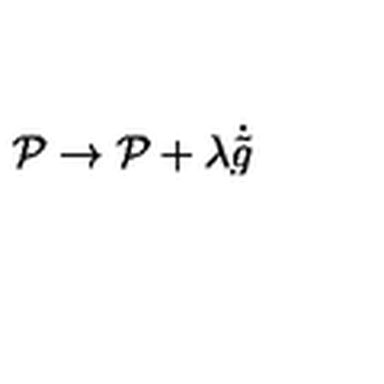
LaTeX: { \cal P } \rightarrow { \cal P } + \lambda \dot { \tilde { g } }